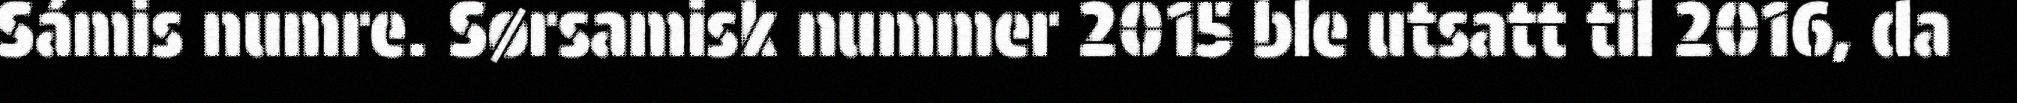
Sámis numre. Sørsamisk nummer 2015 ble utsatt til 2016, da